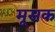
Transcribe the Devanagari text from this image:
मूसक